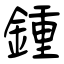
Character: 鍾